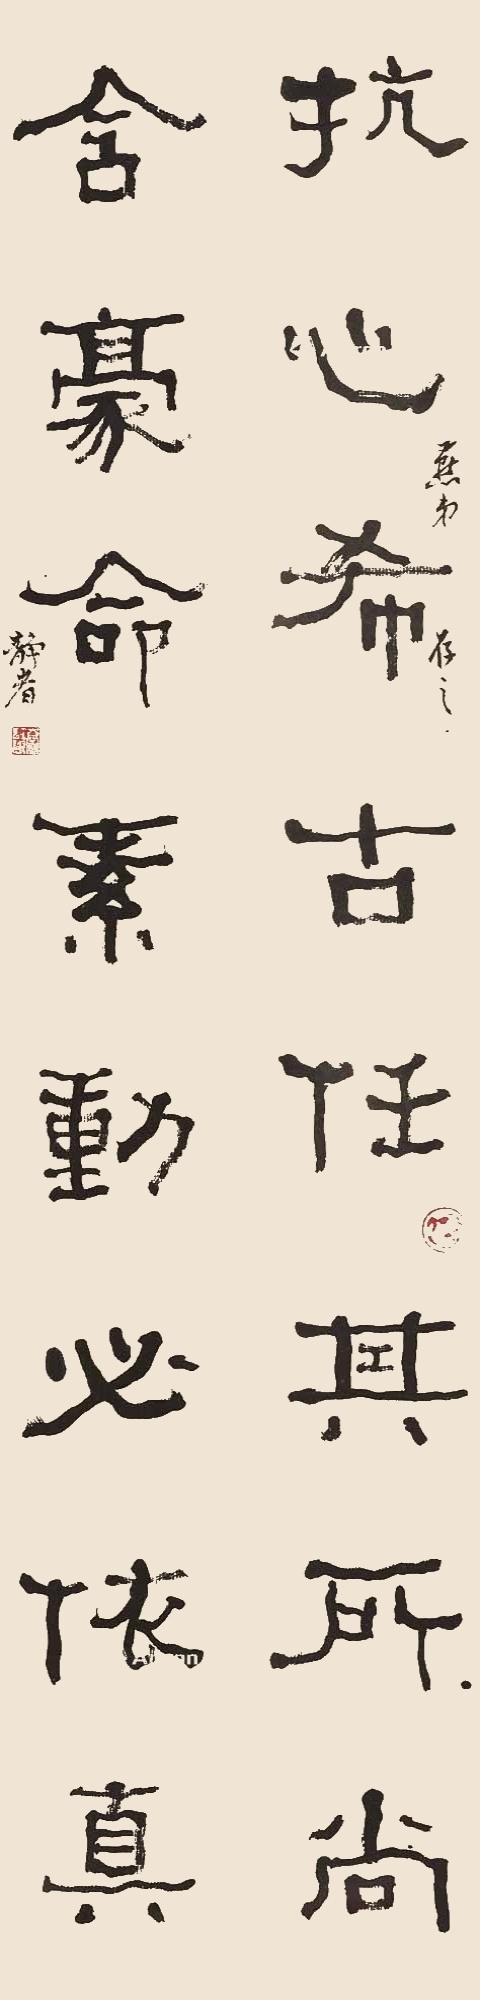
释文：抗心希古，任其所尚。含豪命素，动必依真。燕弟存之。静者。